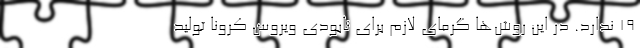
۱۹ ندارد. در این روش‌ها گرمای لازم برای نابودی ویروس کرونا تولید